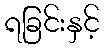
ရခြင်းနှင့်